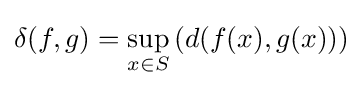
\delta (f,g)=\sup _{x\in S}\left(d(f(x),g(x))\right)